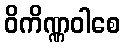
ဝိကိဏ္ဏဝါစေ